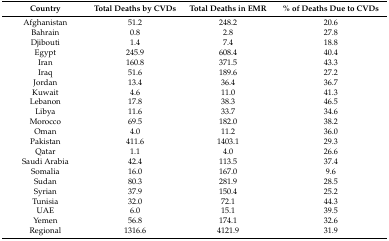
<table><thead><tr><td><b>Country</b></td><td><b>Total Deaths by CVDs</b></td><td><b>Total Deaths in EMR</b></td><td><b>% of Deaths Due to CVDs</b></td></tr></thead><tbody><tr><td>Afghanistan</td><td>51.2</td><td>248.2</td><td>20.6</td></tr><tr><td>Bahrain</td><td>0.8</td><td>2.8</td><td>27.8</td></tr><tr><td>Djibouti</td><td>1.4</td><td>7.4</td><td>18.8</td></tr><tr><td>Egypt</td><td>245.9</td><td>608.4</td><td>40.4</td></tr><tr><td>Iran</td><td>160.8</td><td>371.5</td><td>43.3</td></tr><tr><td>Iraq</td><td>51.6</td><td>189.6</td><td>27.2</td></tr><tr><td>Jordan</td><td>13.4</td><td>36.4</td><td>36.7</td></tr><tr><td>Kuwait</td><td>4.6</td><td>11.0</td><td>41.3</td></tr><tr><td>Lebanon</td><td>17.8</td><td>38.3</td><td>46.5</td></tr><tr><td>Libya</td><td>11.6</td><td>33.7</td><td>34.6</td></tr><tr><td>Morocco</td><td>69.5</td><td>182.0</td><td>38.2</td></tr><tr><td>Oman</td><td>4.0</td><td>11.2</td><td>36.0</td></tr><tr><td>Pakistan</td><td>411.6</td><td>1403.1</td><td>29.3</td></tr><tr><td>Qatar</td><td>1.1</td><td>4.0</td><td>26.6</td></tr><tr><td>Saudi Arabia</td><td>42.4</td><td>113.5</td><td>37.4</td></tr><tr><td>Somalia</td><td>16.0</td><td>167.0</td><td>9.6</td></tr><tr><td>Sudan</td><td>80.3</td><td>281.9</td><td>28.5</td></tr><tr><td>Syrian</td><td>37.9</td><td>150.4</td><td>25.2</td></tr><tr><td>Tunisia</td><td>32.0</td><td>72.1</td><td>44.3</td></tr><tr><td>UAE</td><td>6.0</td><td>15.1</td><td>39.5</td></tr><tr><td>Yemen</td><td>56.8</td><td>174.1</td><td>32.6</td></tr><tr><td>Regional</td><td>1316.6</td><td>4121.9</td><td>31.9</td></tr></tbody></table>